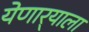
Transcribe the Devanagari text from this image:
येणार्‍याला